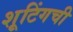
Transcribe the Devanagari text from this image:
शूटिंगची